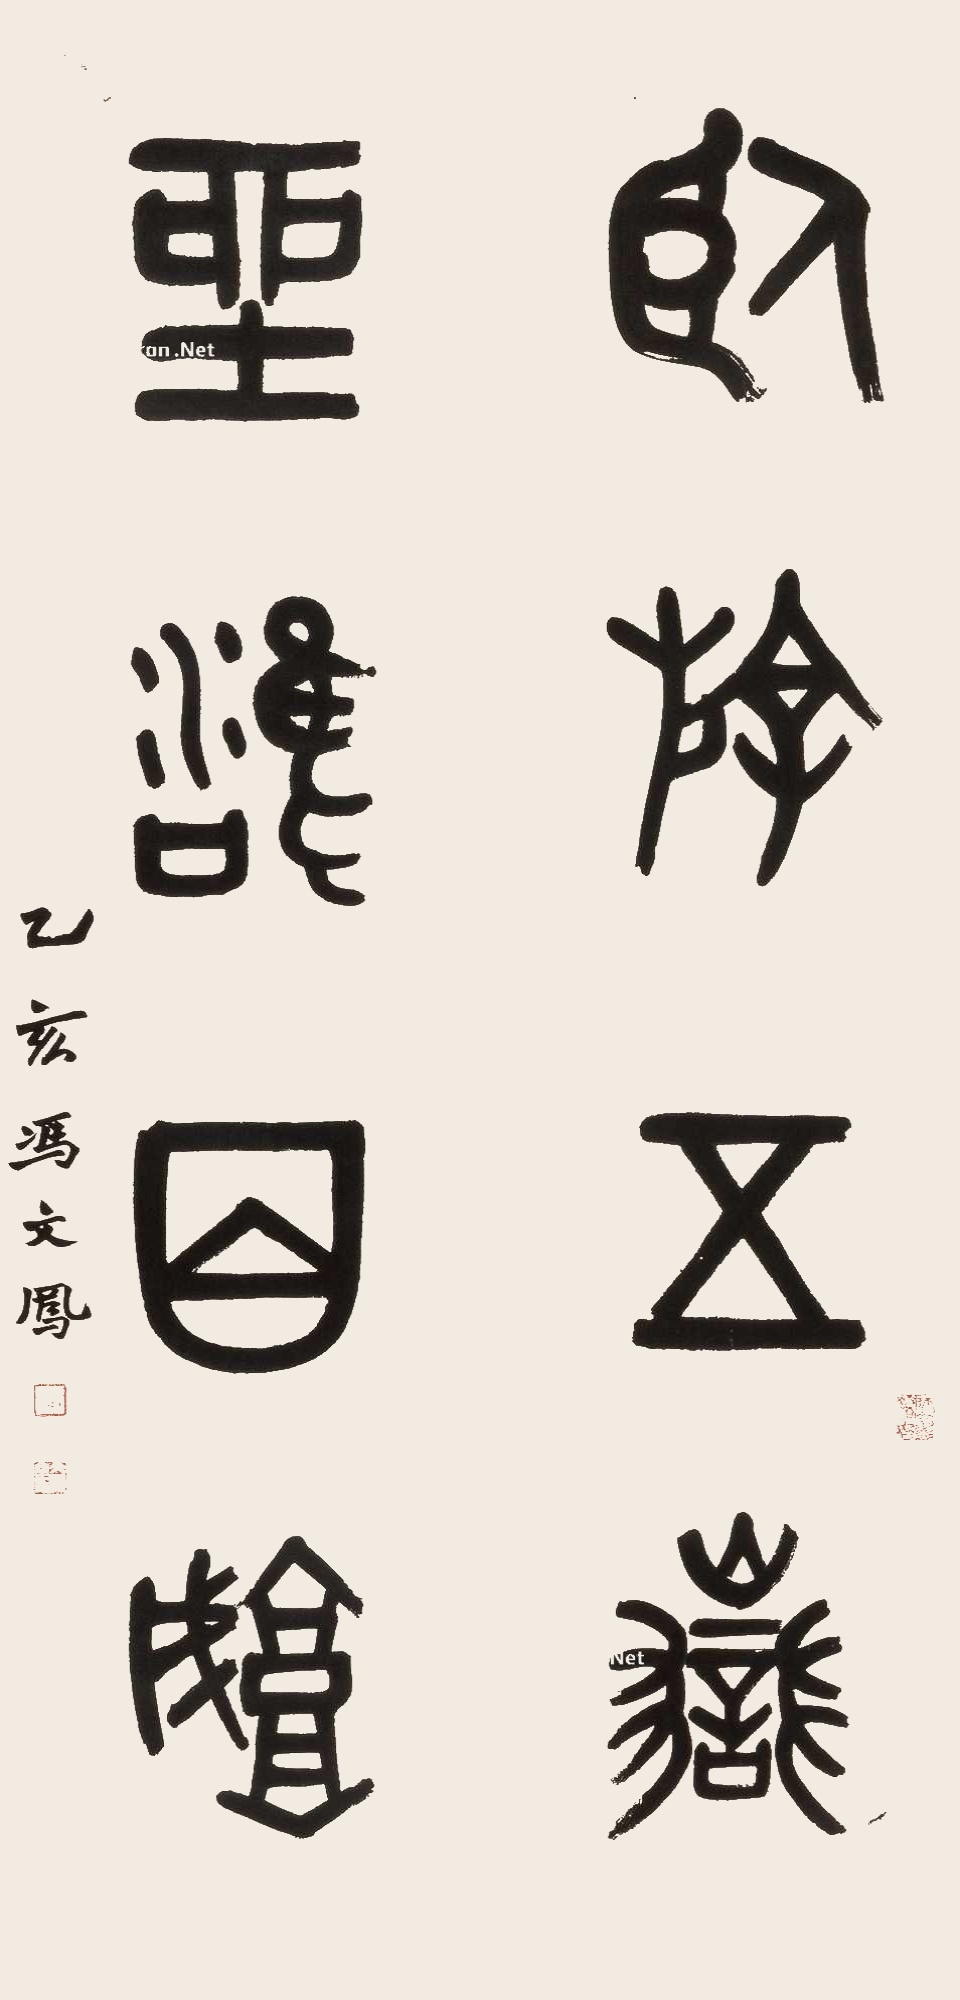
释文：卧游五岳，坐拥百城。乙亥冯文凤。